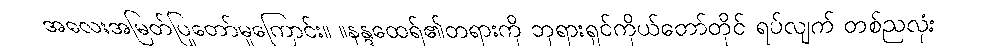
အလေးအမြတ်ပြုတော်မူကြောင်း။ ။နန္ဒထေရ်၏တရားကို ဘုရားရှင်ကိုယ်တော်တိုင် ရပ်လျက် တစ်ညလုံး